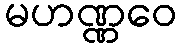
မဟဏ္ဏဝေ